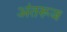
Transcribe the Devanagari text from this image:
अंतरूज